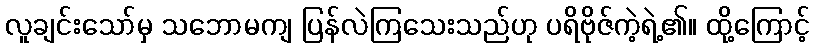
လူချင်းသော်မှ သဘောမကျ ပြန်လဲကြသေးသည်ဟု ပရိဗိုဇ်ကဲ့ရဲ့၏။ ထို့ကြောင့်